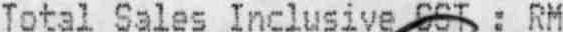
TOTAL SALES INCLUSIVE GST : RM